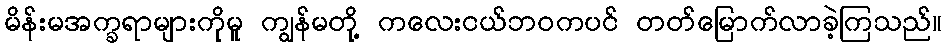
မိန်းမအက္ခရာများကိုမူ ကျွန်မတို့ ကလေးငယ်ဘဝကပင် တတ်မြောက်လာခဲ့ကြသည်။